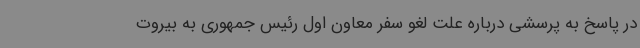
در پاسخ به پرسشی درباره علت لغو سفر معاون اول رئیس جمهوری به بیروت